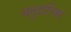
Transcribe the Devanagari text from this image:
चतुर्दारिका